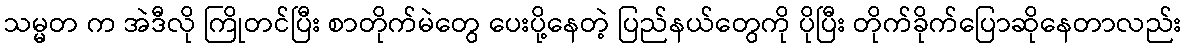
သမ္မတ က အဲဒီလို ကြိုတင်ပြီး စာတိုက်မဲတွေ ပေးပို့နေတဲ့ ပြည်နယ်တွေကို ပိုပြီး တိုက်ခိုက်ပြောဆိုနေတာလည်း